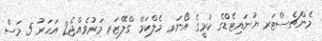
މެންޗެސްޓަރ ޔުނައިޓެޑްގެ ކުރީގެ އޯނަރ މެލްކަމް ގްލޭޒަރ މަރުވެއްޖެ2 އަހަރު 5 މަސް